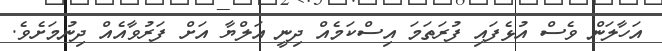
އަހާލަން ވެސް އުޅެފައި ފުރަތަމަ އިސްކަމެއް ދިނީ އަލްޔާ އަށް ފަރުވާއެއް ދިނުމަށެވެ.